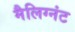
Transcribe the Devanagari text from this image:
मैलिग्नंट